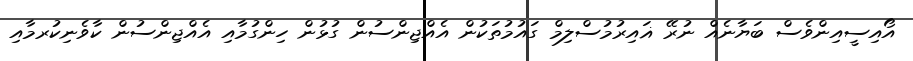
އޯއިސީއިންވެސް ބަޔާނެއް ނުރޭ ޣައިރުމުސްލިމް ގައުމުތަކުން އެއްޖިންސުން ގުޅުން ހިންގުމާއި އެއްޖިންސުން ކާވެނިކުރމާއި